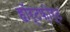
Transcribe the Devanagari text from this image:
हॉर्टफ़ोर्ट